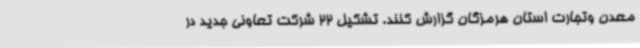
معدن وتجارت استان هرمزگان گزارش کنند. تشکیل 22 شرکت تعاونی جدید در